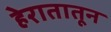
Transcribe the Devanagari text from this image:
हेरातातून